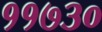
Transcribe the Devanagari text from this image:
११७३०